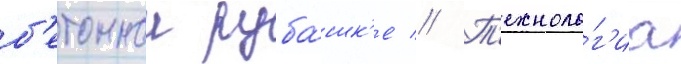
б'етоннои руба́шк'е // Т'ехноло́г'иа